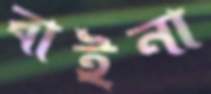
বাইনা